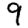
Digit: 9